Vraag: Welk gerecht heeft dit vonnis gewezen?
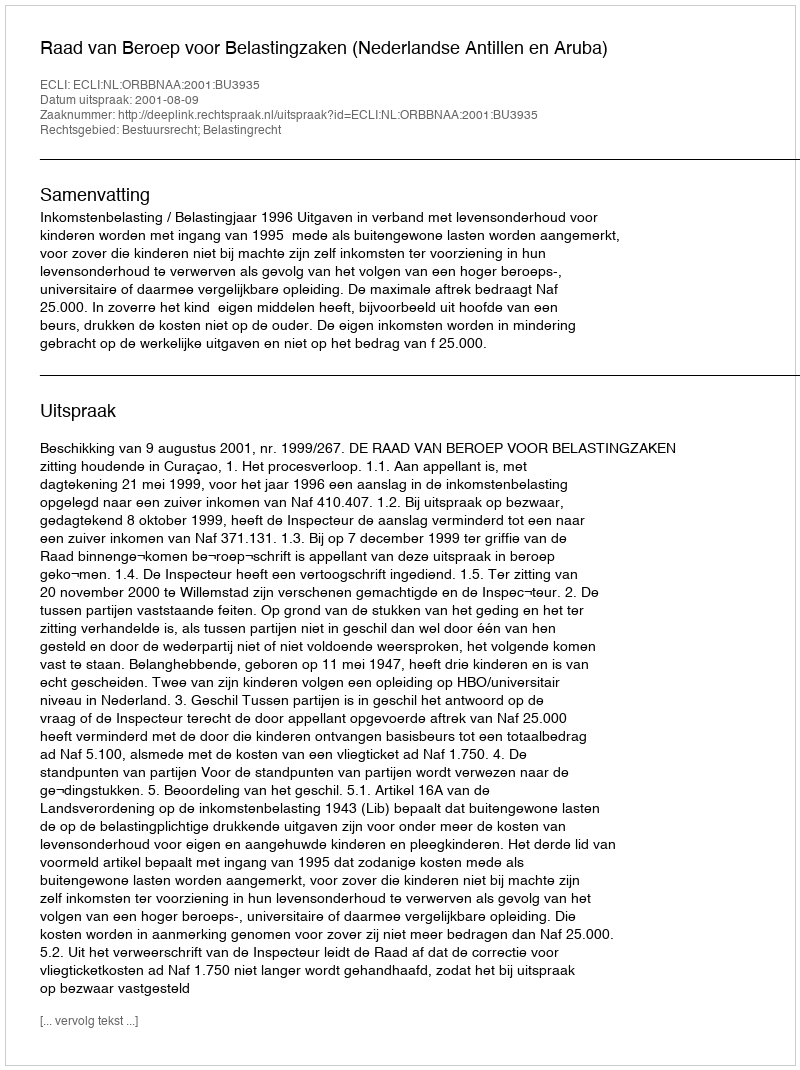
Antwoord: Raad van Beroep voor Belastingzaken (Nederlandse Antillen en Aruba)